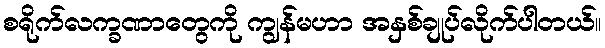
စရိုက်လက္ခဏာတွေကို ကျွန်မဟာ အနှစ်ချုပ်လိုက်ပါတယ်။